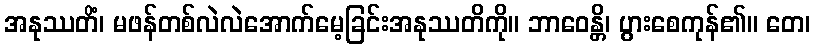
အနုဿတိံ၊ မဖန်တစ်လဲလဲအောက်မေ့ခြင်းအနုဿတိကို။ ဘာဝေန္တိ၊ ပွားစေကုန်၏။ တေ၊